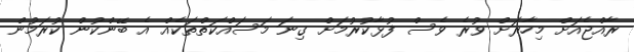
ރާއްޖެއަށް މިހާރަށް ވުރެ ވެސް ފުޅާކުރުމަށް ގިނަ މަސައްކަތްތަކެއް އެ ބޭންކުން ކުރަމުން